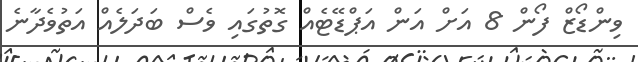
ވިންޑޯޒް ފޯން 8 އަށް އަން އަޕްޑޭޓެއް ގޮތުގައި ވެސް ބަދަލެއް އަތުވެދާނެ